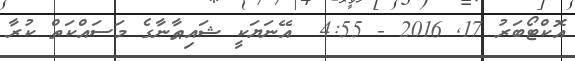
އޮކްޓޯބަރު 17